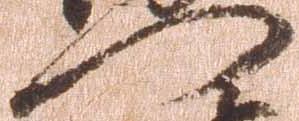
門